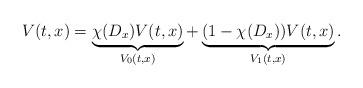
LaTeX: \begin{align*}V(t,x)=\underbrace{\chi(D_x)V(t,x)}_{V_0(t,x)}+\underbrace{(1-\chi(D_x))V(t,x)}_{V_1(t,x)}.\end{align*}